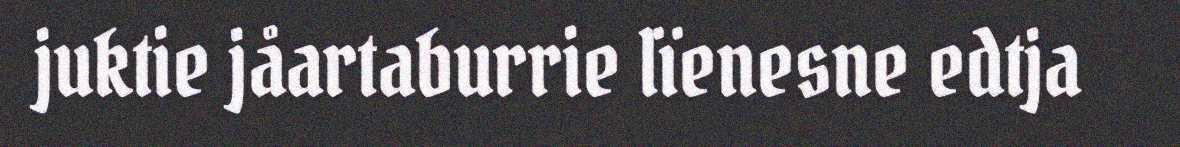
juktie jåartaburrie lïenesne edtja